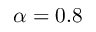
\alpha = 0 . 8